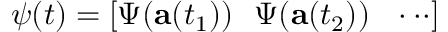
\boldsymbol { \psi } ( t ) = \left[ \boldsymbol { \Psi } ( \mathbf { a } ( t _ { 1 } ) ) ~ ~ \boldsymbol { \Psi } ( \mathbf { a } ( t _ { 2 } ) ) ~ ~ \cdot \cdot \cdot \right]